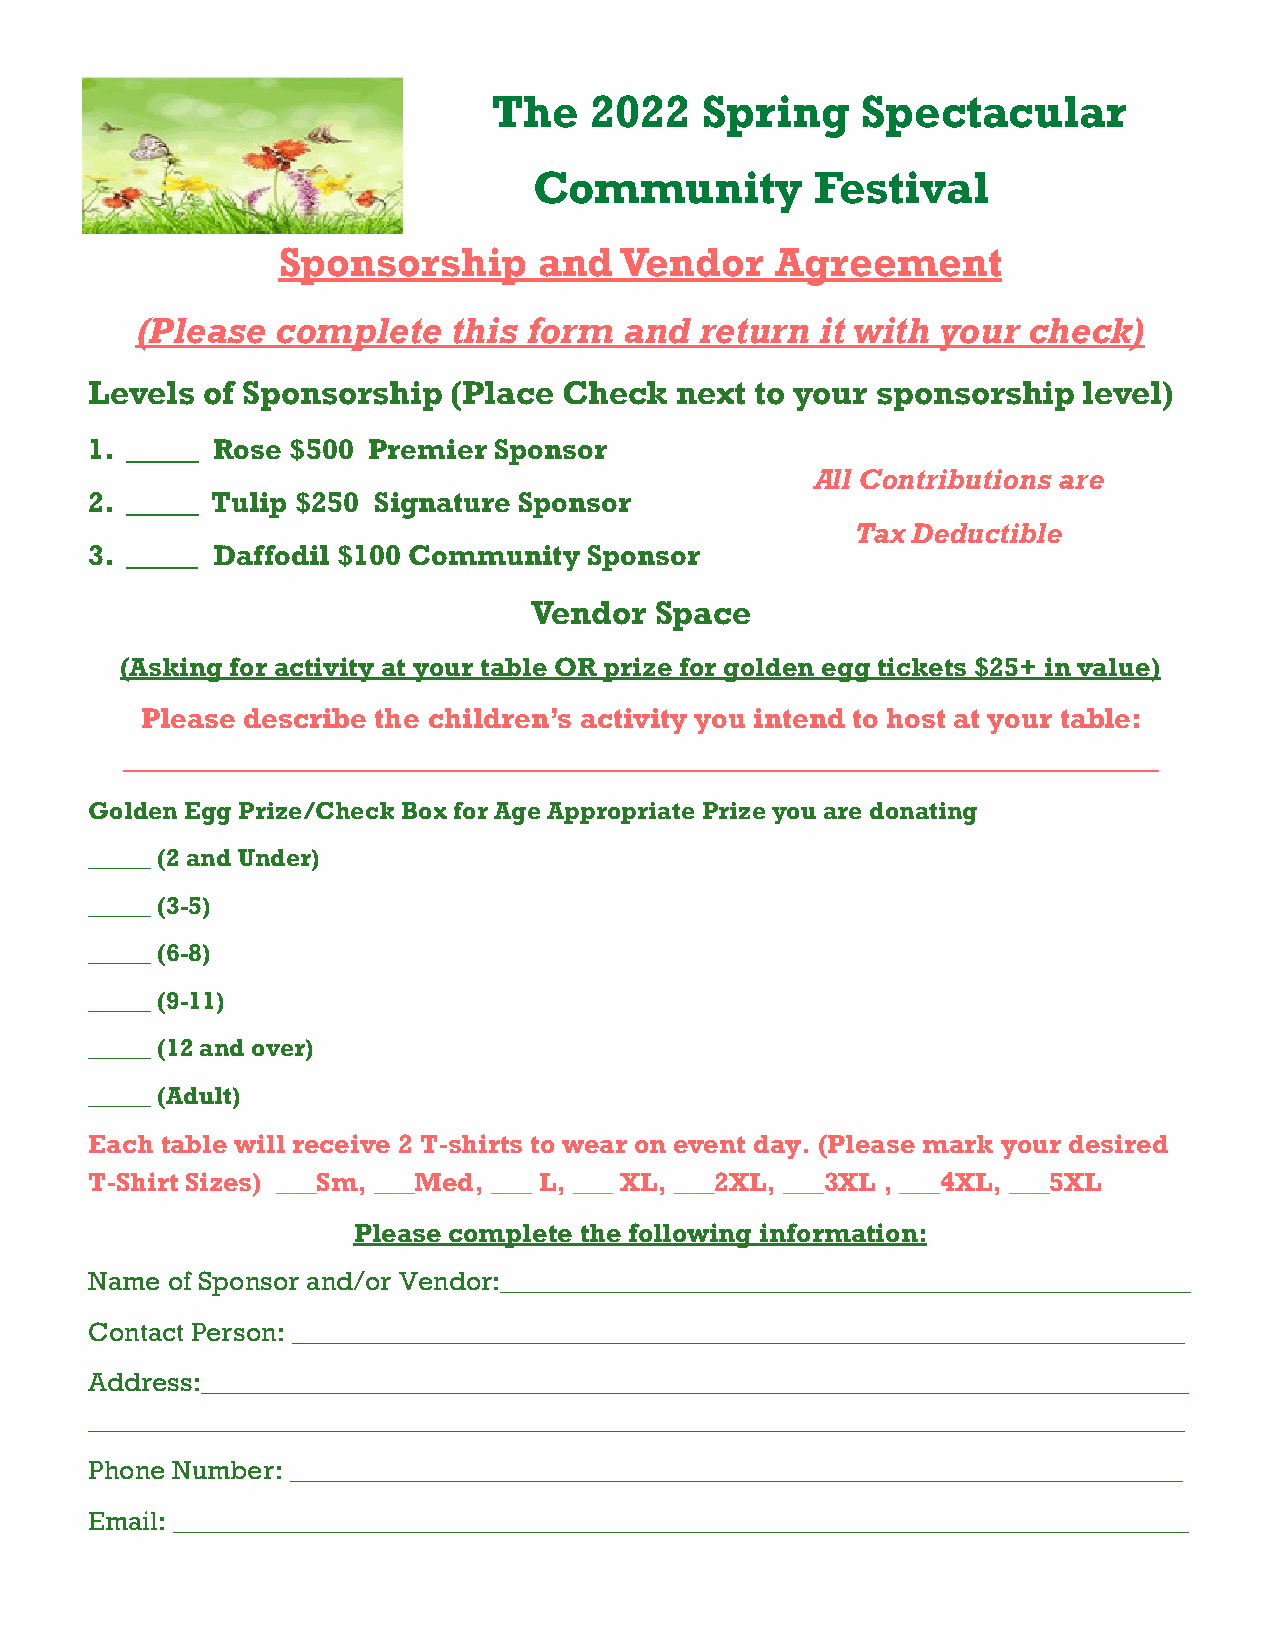
The   2022   Spring     Spectacular
 Community          Festival
 Sponsorship       and  Vendor    Agreement
 (Please  complete    this form  and  return  it with your  check)
 Levels of Sponsorship   (Place Check   next to your sponsorship   level)
 1. _____ Rose $500 Premier Sponsor
 All Contributions are
 2. _____ Tulip $250 Signature Sponsor
 Tax Deductible
 3. _____ Daffodil $100 Community Sponsor
 Vendor  Space
 (Asking for activity at your table OR prize for golden egg tickets $25+ in value)
 Please describe the children’s activity you intend to host at your table:
 _______________________________________________________________________
 Golden Egg Prize/Check Box for Age Appropriate Prize you are donating
 _____ (2 and Under)
 _____ (3-5)
 _____ (6-8)
 _____ (9-11)
 _____ (12 and over)
 _____ (Adult)
 Each table will receive 2 T-shirts to wear on event day. (Please mark your desired
 T-Shirt Sizes) ___Sm, ___Med, ___ L, ___ XL, ___2XL, ___3XL , ___4XL, ___5XL
 Please complete the following information:
 Name of Sponsor and/or Vendor:___________________________________________________
 Contact Person: __________________________________________________________________
 Address:_________________________________________________________________________
 _________________________________________________________________________________
 Phone Number: __________________________________________________________________
 Email: ___________________________________________________________________________